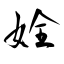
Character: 姾